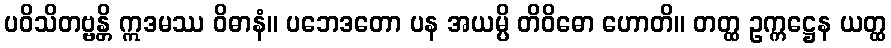
ပဝိသိတဗ္ဗန္တိ ဣဒမဿ ဝိဓာနံ။ ပဘေဒတော ပန အယမ္ပိ တိဝိဓော ဟောတိ။ တတ္ထ ဥက္ကဋ္ဌေန ယတ္ထ